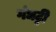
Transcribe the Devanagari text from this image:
गंधट्ठी